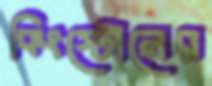
কিংস্টোনের